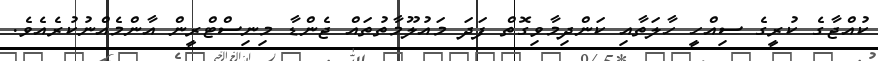
ކުއްޖާގެ ކުރީގެ ސިއްހީ ހާލަތާއި ކަންދިމާވިގޮތް ފަދަ މައުލޫމާތުތައް ޖެންޑާ މިނިސްޓްރީން އާންމެއްނުކުރެއެވެ.